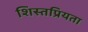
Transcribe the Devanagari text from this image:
शिस्तप्रियता